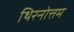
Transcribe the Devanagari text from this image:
थिरनोत्तम